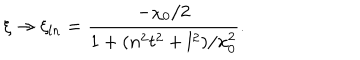
\xi \to \xi _ { l n } = \frac { - \chi _ { 0 } / 2 } { 1 + ( n ^ { 2 } t ^ { 2 } + l ^ { 2 } ) / x _ { 0 } ^ { 2 } } .